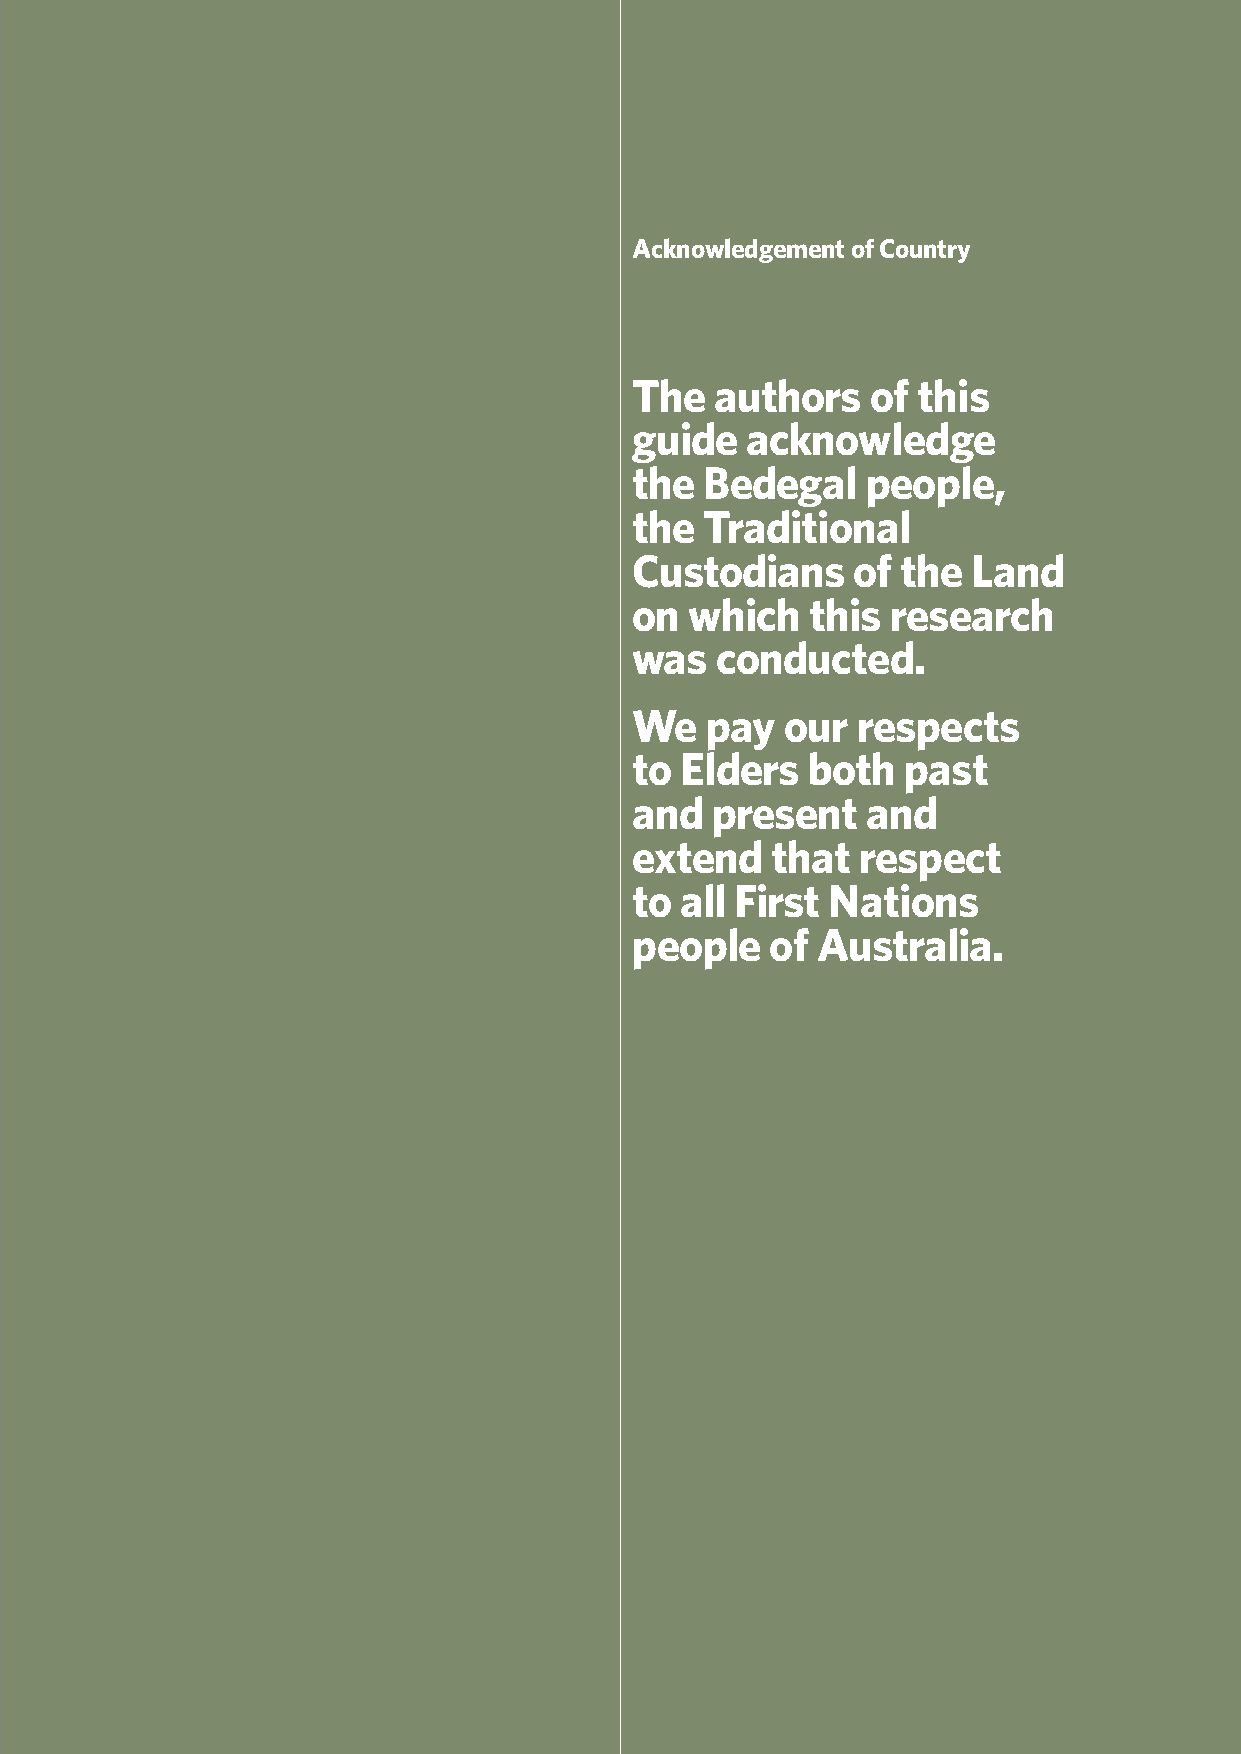
Acknowledgement of Country
 The  authors    of this
 guide  acknowledge
 the  Bedegal   people,
 the  Traditional
 Custodians    of  the Land
 on  which   this research
 was  conducted.
 We   pay  our  respects
 to Elders  both   past
 and  present   and
 extend   that  respect
 to all First Nations
 people   of Australia.
 3 Sub Section heading